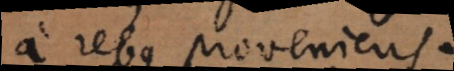
a rebus proveniens.